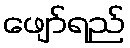
ဖျော်ရည်